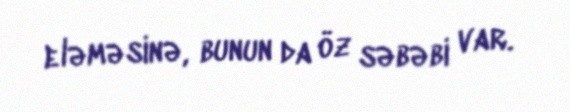
eləməsinə, bunun da öz səbəbi var.